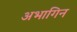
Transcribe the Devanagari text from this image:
अभागिन